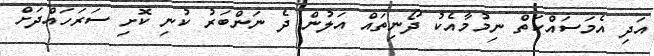
އަދި އެމަސައްކަތް ނިމުމާއެކު ދޯނިތައް އަލުން ދެ ނަންބަރު ކުނި ކޮށި ސަރަހައްދަށް